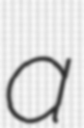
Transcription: a